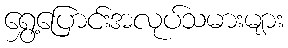
ရွှေ့ပြောင်းအလုပ်သမားများ